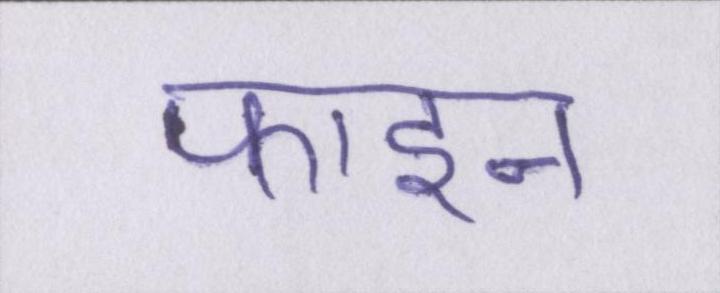
फाइन